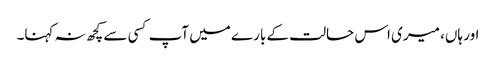
اور ہاں، میری اس حالت کے بارے میں آپ کسی سے کچھ نہ کہنا۔